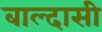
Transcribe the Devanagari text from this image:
बाल्दासी